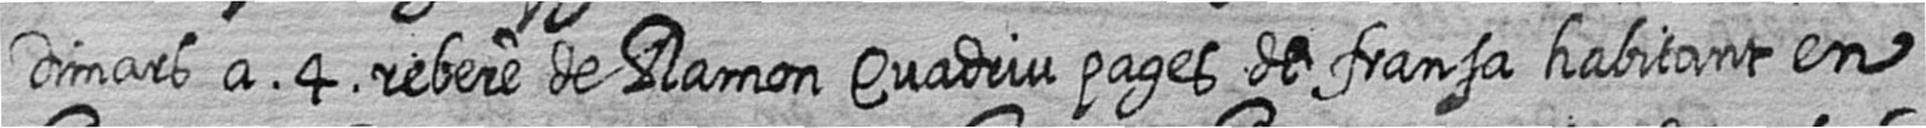
Dimars a 4 rebere de Ramon Quadriu pages de fransa habitant en